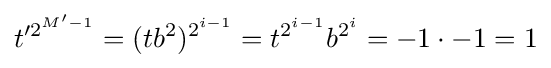
t'^{2^{M'-1}}=(tb^{2})^{2^{i-1}}=t^{2^{i-1}}b^{2^{i}}=-1\cdot -1=1